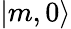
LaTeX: |m,0\rangle